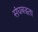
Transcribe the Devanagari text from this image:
संघबद्धता